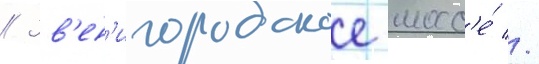
// Зв'ен'игородское шосс'е́ //